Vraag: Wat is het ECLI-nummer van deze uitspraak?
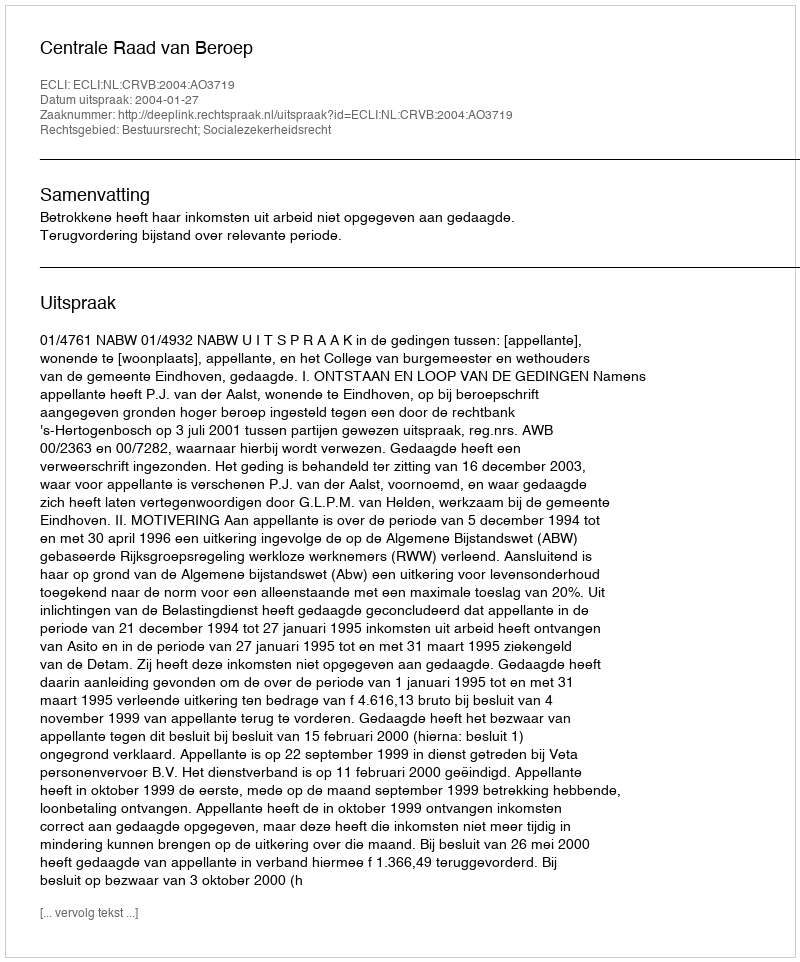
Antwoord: ECLI:NL:CRVB:2004:AO3719